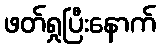
ဖတ်ရှုပြီးနောက်